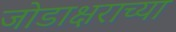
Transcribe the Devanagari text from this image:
जोडाक्षराच्या